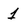
Character: 1